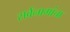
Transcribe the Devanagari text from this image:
सर्वनामांचा